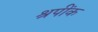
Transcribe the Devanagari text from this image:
श्रपींक